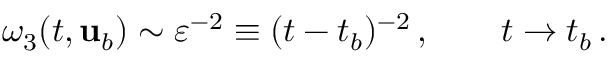
\omega _ { 3 } ( t , { \mathbf { u } } _ { b } ) \sim \varepsilon ^ { - 2 } \equiv ( t - t _ { b } ) ^ { - 2 } \, , \qquad t \to t _ { b } \, .